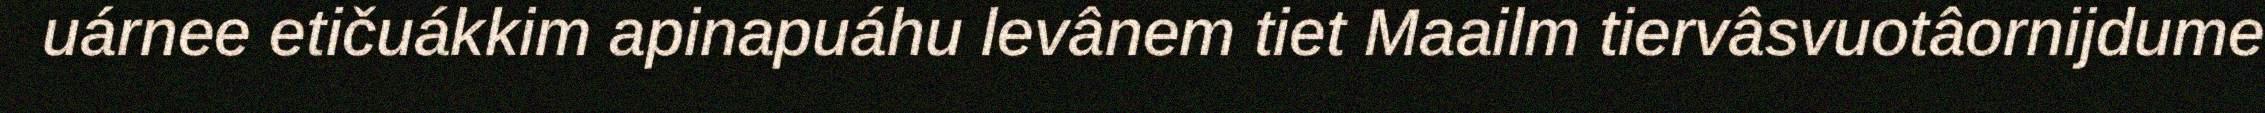
uárnee etičuákkim apinapuáhu levânem tiet Maailm tiervâsvuotâornijdume